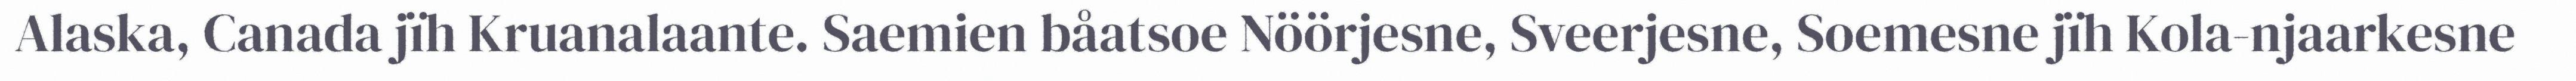
Alaska, Canada jïh Kruanalaante. Saemien båatsoe Nöörjesne, Sveerjesne, Soemesne jïh Kola-njaarkesne